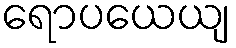
ရောပယေယျ